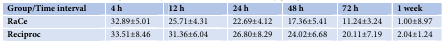
| Group/Time interval | 4 h | 12 h | 24 h | 48 h | 72 h | 1 week |
 | --- | --- | --- | --- | --- | --- | --- |
 | RaCe | 32.89±5.01 | 25.71±4.31 | 22.69±4.12 | 17.36±5.41 | 11.24±3.24 | 1.00±8.97 |
 | Reciproc | 33.51±8.46 | 31.36±6.04 | 26.80±8.29 | 24.02±6.68 | 20.11±7.19 | 2.04±1.24 |